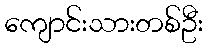
ကျောင်းသားတစ်ဦး